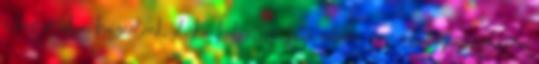
a háztartásban használunk, olykor helyettesíthető valami nem mindennapival, ami